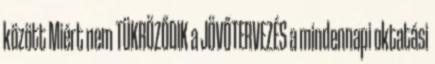
között Miért nem TÜKRÖZŐDIK a JÖVŐTERVEZÉS a mindennapi oktatási